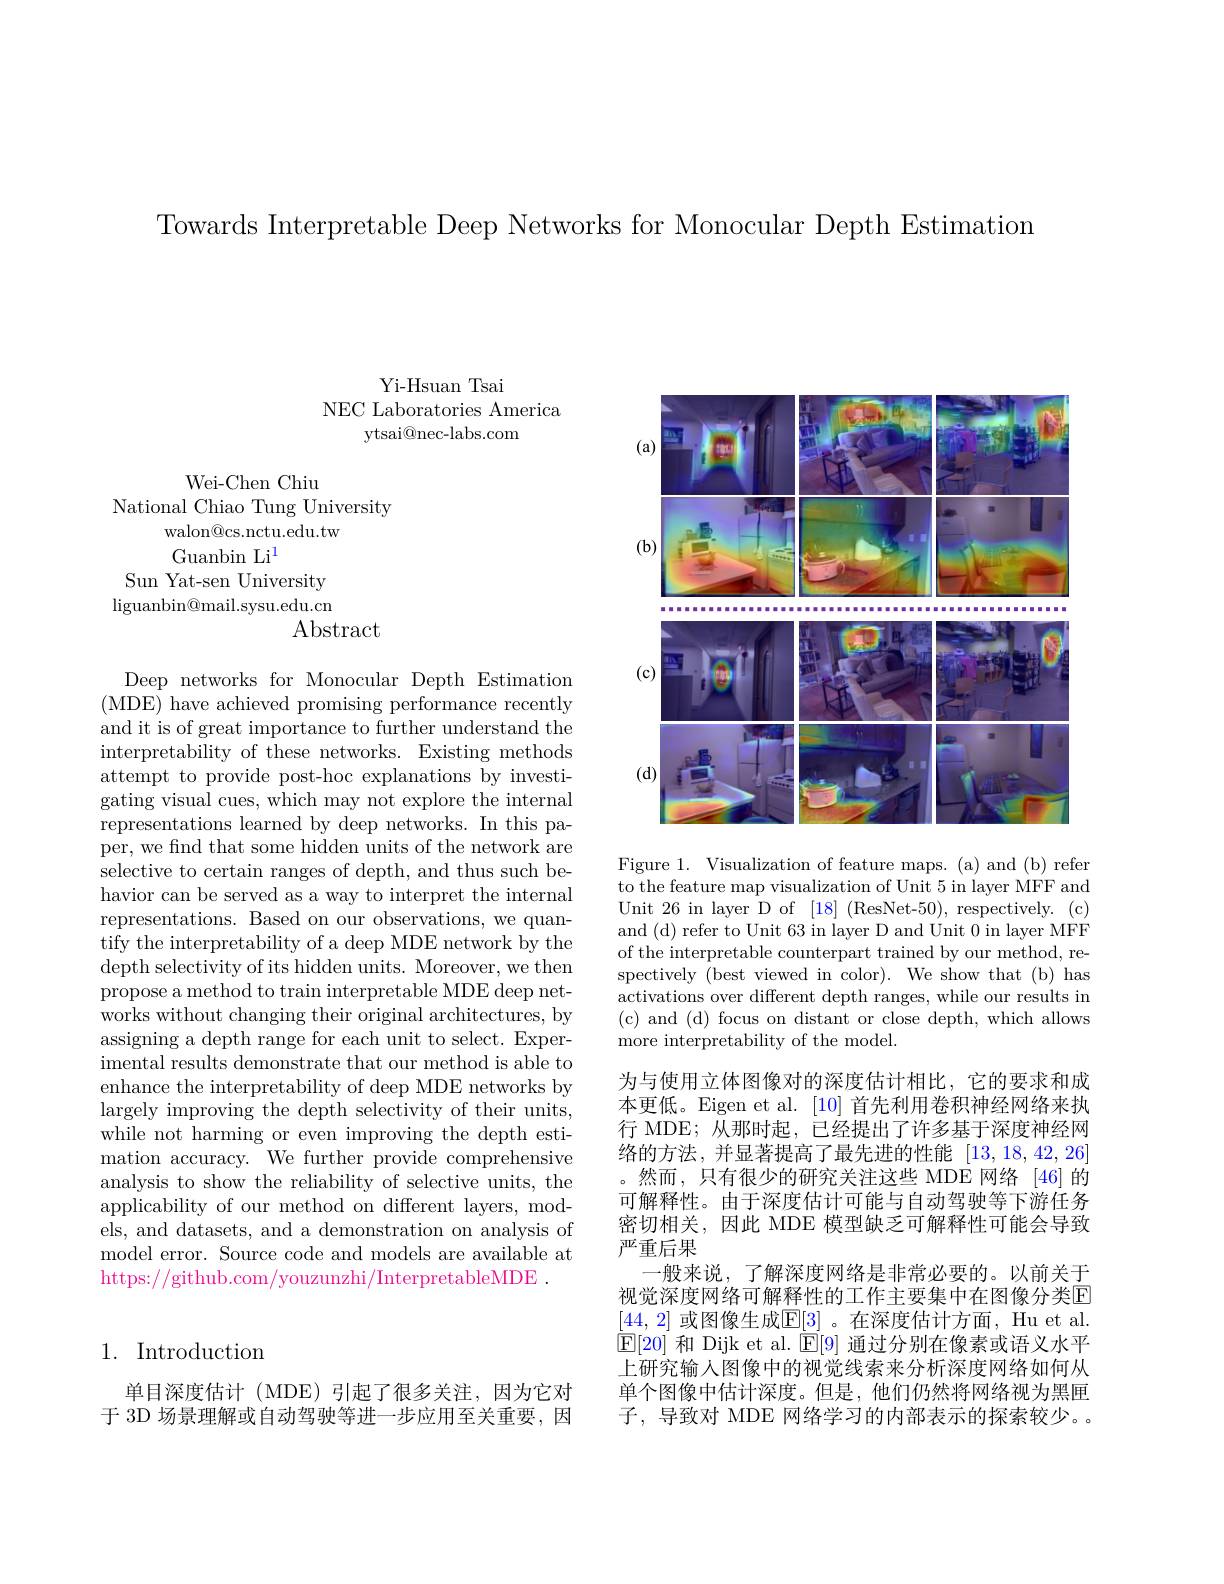
Towards Interpretable Deep Networks for Monocular Depth Estimation

Yi-Hsuan Tsai
NEC Laboratories America
ytsai@nec-labs.com

Wei-Chen Chiu
National Chiao Tung University
walon@cs.nctu.edu.tw
Guanbin Li$^{1}$
Sun Yat-sen University $\operatorname{liguanbin@mail.sysu.edu.cn}$
Abstract

Deep networks for Monocular Depth Estimation (MDE) have achieved promising performance recently and it is of great importance to further understand the interpretability of these networks. Existing methods attempt to provide post-hoc explanations by investigating visual cues, which may not explore the internal representations learned by deep networks. In this pa- $\dot{\text{per, we find that some hidden units of the network are}}$ selective to certain ranges of depth, and thus such behavior can be served as a way to interpret the internal representations. Based on our observations, we quantify the interpretability of a deep MDE network by the depth selectivity of its hidden units. Moreover, we then propose a method to train interpretable MDE deep networks without changing their original architectures, by assigning a depth range for each unit to select. Experimental results demonstrate that our method is able to enhance the interpretability of deep MDE networks by largely improving the depth selectivity of their units, while not harming or even improving the depth estimation accuracy. We further provide comprehensive analysis to show the reliability of selective units, the applicability of our method on different layers, models, and datasets, and a demonstration on analysis of model error. Source code and models are available at https://github.com/youzunzhi/InterpretableMDE .

# 1. Introduction

单目深度估计(MDE)引起了很多关注，因为它对于 3D 场景理解或自动驾驶等进一步应用至关重要，因

<FigureHere>

Figure 1. Visualization of feature maps. (a) and (b) refer to the feature map visualization of Unit 5 in layer MFF and Unit 26 in layer D of [18] (ResNet-50), respectively. (c) and (d) refer to Unit 63 in layer D and Unit 0 in layer MFF of the interpretable counterpart trained by our method, respectively (best viewed in color). We show that (b) has activations over different depth ranges, while our results in (c) and (d) focus on distant or close depth, which allows more interpretability of the model.

为与使用立体图像对的深度估计相比，它的要求和成本更低。Eigen et al. [10]首先利用卷积神经网络来执行 MDE; 从那时起，已经提出了许多基于深度神经网络的方法，并显著提高了最先进的性能[13,18,42,26] 然而，只有很少的研究关注这些 MDE 网络 [46]的可解释性。由于深度估计可能与自动驾驶等下游任务密切相关，因此 MDE 模型缺乏可解释性可能会导致严重后果
一般来说，了解深度网络是非常必要的。以前关于视觉深度网络可解释性的工作主要集中在图像分类E [44,2] 或图像生成$\mathbb{E}[3]$ 。在深度估计方面，Hu et al $\boxed{\mathrm{E}}[20]$和 Dijk et al. $\boxed{\mathrm{E}}[9]$通过分别在像素或语义水平上研究输入图像中的视觉线索来分析深度网络如何从单个图像中估计深度。但是，他们仍然将网络视为黑匣子，导致对 MDE 网络学习的内部表示的探索较少。